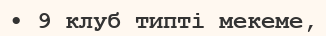
• 9 клуб типті мекеме,